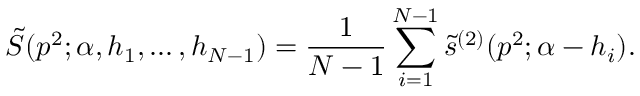
\tilde { S } ( p ^ { 2 } ; \alpha , h _ { 1 } , \ldots , h _ { N - 1 } ) = { \frac { 1 } { N - 1 } } \sum _ { i = 1 } ^ { N - 1 } \tilde { s } ^ { ( 2 ) } ( p ^ { 2 } ; \alpha - h _ { i } ) .